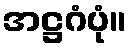
အဋ္ဌဂံပုံ။